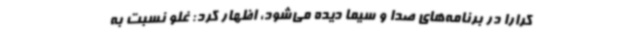
کرارا در برنامه‌های صدا و سیما دیده می‌شود، اظهار کرد: غلو نسبت به